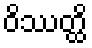
ဝိဿတ္ထိ